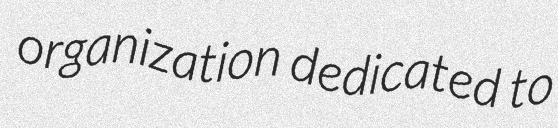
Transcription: organization dedicated to